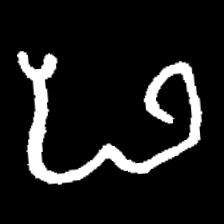
Pyu character \u2014 Myanmar letter: ဖ (romanized: pha)